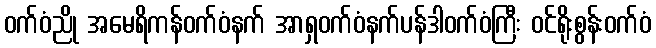
ဝက်ဝံညို အမေရိကန်ဝက်ဝံနက် အာရှဝက်ဝံနက်ပန်ဒါဝက်ဝံကြီး ဝင်ရိုးစွန်းဝက်ဝံ